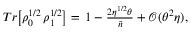
\begin{array} { r } { T r \big [ { \rho } _ { 0 } ^ { 1 / 2 } \, \rho _ { 1 } ^ { 1 / 2 } \big ] = \, 1 - \frac { 2 \eta ^ { 1 / 2 } \theta } { \bar { n } } + \mathcal { O } ( \theta ^ { 2 } \eta ) , } \end{array}